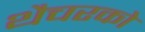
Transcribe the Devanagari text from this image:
थैचरको